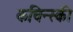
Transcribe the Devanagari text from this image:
कचिन्स्की